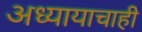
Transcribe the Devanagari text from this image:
अध्यायाचाही